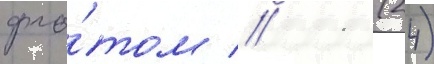
фло́том // 11 (24)